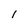
Character: I